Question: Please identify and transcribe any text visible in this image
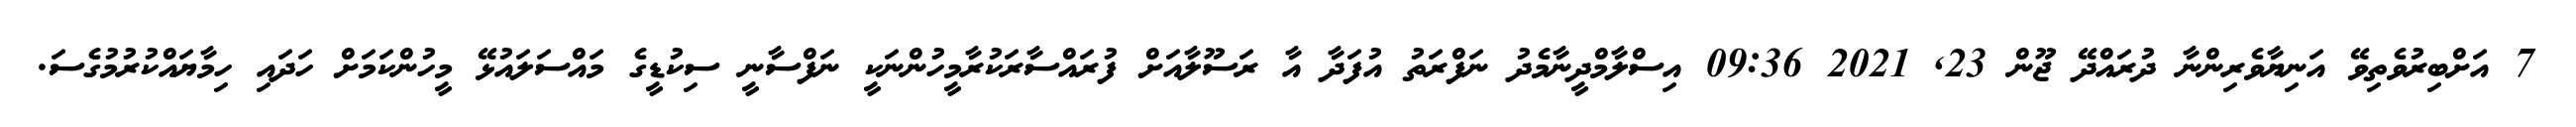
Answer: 7 އަށްބިރުވެތިވޭ އަނިޔާވެރިންނާ ދުރައްދޭ ޖޫން 23, 2021 09:36 އިސްލާމްދީނާމެދު ނަފްރަތު އުފަދާ އާ ރަސޫލާއަށް ފުރައްސާރަކުރާމީހުންނަކީ ނަފްސާނީ ސިކުޑީގެ މައްސަލައުޅޭ މީހުންކަމަށް ހަދައި ހިމާޔައްކުރުމުގެސަ.